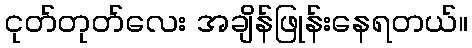
ငုတ်တုတ်လေး အချိန်ဖြုန်းနေရတယ်။